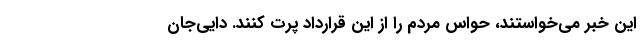
این خبر می‌خواستند، حواس مردم را از این قرارداد پرت کنند. دایی‌جان